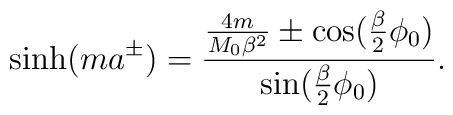
\sinh (ma^\pm)=\frac{\frac{4m}{M_{0}\beta ^{2}}\pm\cos (\frac{\beta }{2}\phi _{0})}{\sin (\frac{\beta }{2}\phi _{0})}.